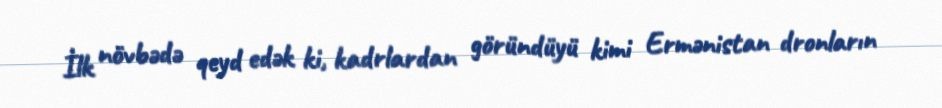
İlk növbədə qeyd edək ki, kadrlardan göründüyü kimi Ermənistan dronların